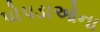
પોપડાઓના